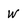
Character: w